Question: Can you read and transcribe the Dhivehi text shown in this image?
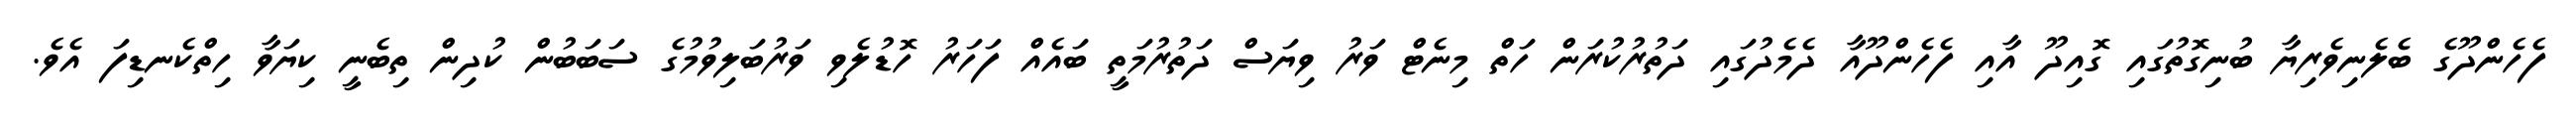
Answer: ފެހެންދޫގެ ބެލެނިވެރިޔާ ބުނިގޮތުގައި ގޮއިދޫ އާއި ފެހެންދޫއާ ދެމެދުގައި ދަތުރުކުރަން ހަތް މިނެޓް ވަރު ވިޔަސް ދަތުރުމަތީ ބައެއް ފަހަރު ހޮޑުލެވި ވަރުބަލިވުމުގެ ސަބަބުން ކުދިން ތިބެނީ ކިޔަވާ ހިތްކެނޑިފަ އެވެ.